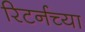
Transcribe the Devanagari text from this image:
रिटर्नच्या